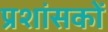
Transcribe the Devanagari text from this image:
प्रशांसकों